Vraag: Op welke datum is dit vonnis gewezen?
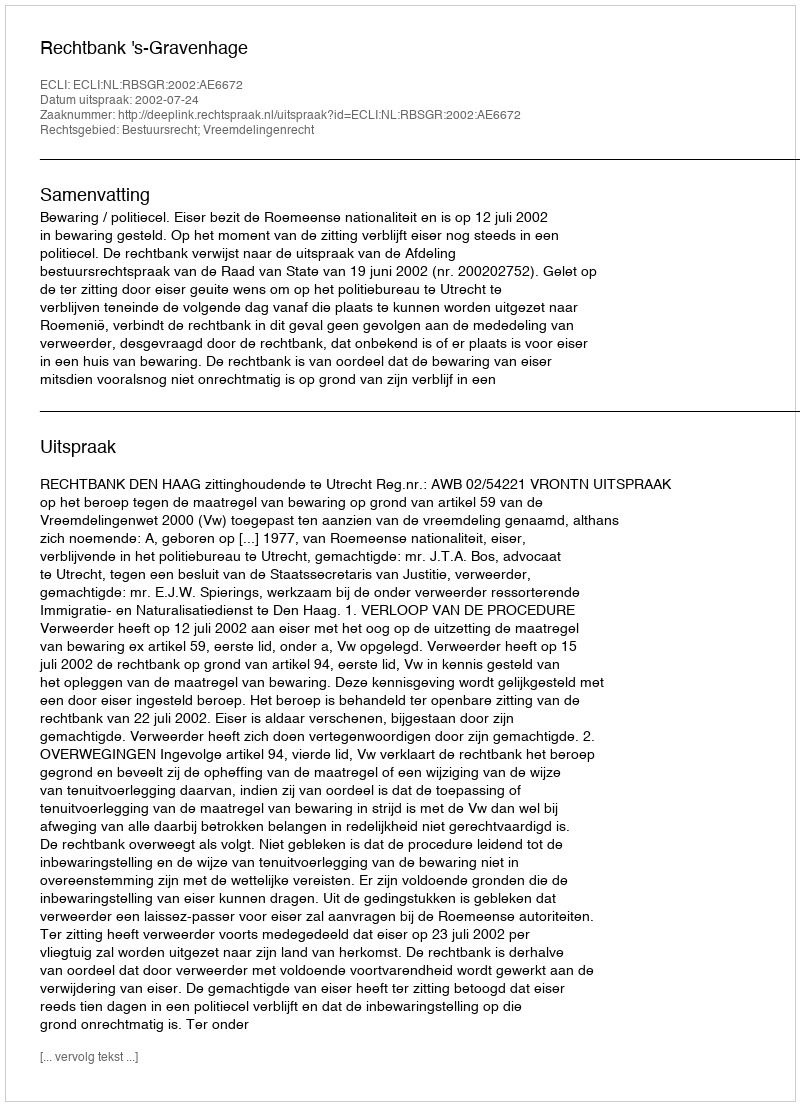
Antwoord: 2002-07-24